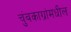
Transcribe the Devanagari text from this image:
चुंबकाग्रांमधील